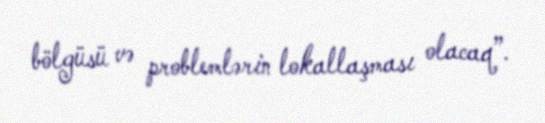
bölgüsü və problemlərin lokallaşması olacaq”.